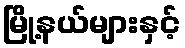
မြို့နယ်များနှင့်